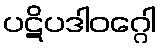
ပဋိပဒါဝဂ္ဂေါ